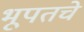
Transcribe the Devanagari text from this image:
भूपतचे